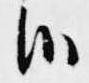
候